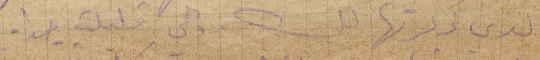
الذي ذكرتها لك، وهي قليلة جدًا